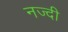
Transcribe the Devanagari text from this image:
नज्दी